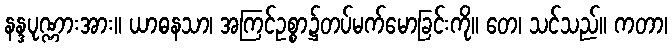
နန္ဒပုဏ္ဏားအား။ ယာဓနသာ၊ အကြင်ဥစ္စာ၌တပ်မက်မောခြင်းကို။ တေ၊ သင်သည်။ ကတာ၊